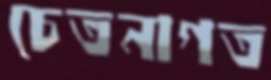
চেতনাগত